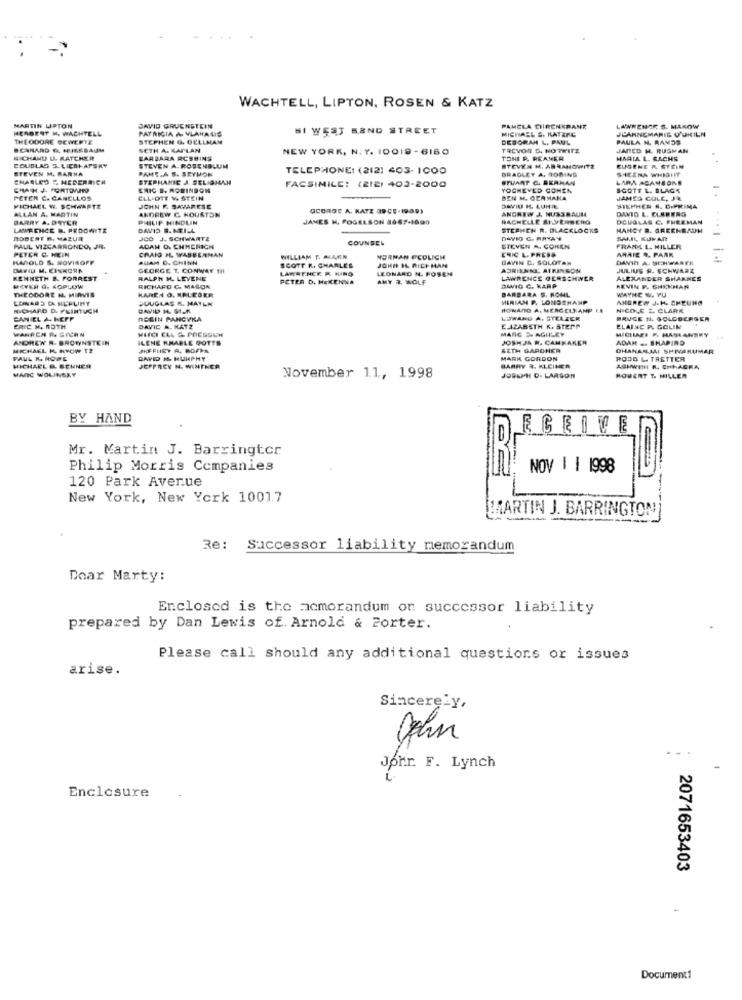
WACHTELL, LIPTON, ROSEN & KATZ
MARTIN UPTON
HERBERT M. WACHTELL
DAVID GRUENSTEIN
PATRICIA A VLAHALIS
SI WEST BEND STREET
PAMELA CIRENKRANK
MICHAEL &. KATZRE
LAWRENCE S. MAROW
JEANNEMARIE O'UKILN
THEODORE GEWERYE
STEPHEN G. OELLMAN
DEBORAH L. PAUL
PAULA N. RAMOS
CANARD &. NUSSBAUM
SETH A. KAPLAN
NEW YORK, N. Y. 10019 -6150
TREVOR G. NOTRITZ
JARED H. RUSMAN
NICHAND U- MATCHER
BARBARA RCSHINS
TONI P. REAMER
MARIA L. RACHS
COUBLAS S. LICBIATSKY
STEVEN M. BARNA
STEVEN A. ROSENBLUM
PANT.A S. SEYMON
TELEPHONE: (212) 403- 1000
STEVEN H. ABRAMOWITZ
BRADLEY A. ROSING
SICERA WHISHIT
EUGENE & STEIN
CHARLES & HEDERRICH
STEPHANIE A SELIGMAN
STUART C. SERHAN
LARA ACANSONE
CHATH J. PORTOMINO
ERIC B. ROBINSON
FACSIMILE: (ZIE) 403-2000
YOCHEVED COMEN
SCOTT L. SLAGS
PETER C. CANELLOS
ELLIOTT V& STEIN
BEN H. GERMANA
JAMES COLE, JR
4
ALLAN A. MARTIN
MICHAEL W. SCHWARTE
JOHN F. SAVARESE
ANDREW C. HOUSTON
GEORGE A. KATZ 89CE-1939)
DAVID IL LUNIE
ANDREW J. NUSSBAUM
STEPHEN R. D.PRIMA
DAVID L. ELEBERG
BARRY A. DETER
PHILIP MINDLIN
JANES H. FOGELSON 8667-1000
RACHELLE SILVERBERG
DOUGLAS C. PHERMAN
LAWRENCE R. PEDOWITZ
DAVID S. NEILL
STEPHEN R. BLACKLOCKS
MANCY B. GREENBAUM
...
ROBERT B. MAZUR
JCD J. SCHWARTZ
COUNSEL
DAVID C. RAYAN
SAJIL KUMAR
PAUL VIZCARRONDO, JR.
PETER C. HEIN
ADAM O. CHHERIGN
CRAIG HL. WASBERNAN
CHIC L. PRESS
GIEVEN A. COHEN
FRANK L. MILLER
ARRIE R. PARK
-
HAROLD &. NOVIKOPF
AUAM D. CHINN
WILLIAM T. ALLEN
NORMAN FEDLICH
GAVIN C. SOLOTAN
DAVID A- SOWARTE
DAVID M. EINNORA
GEORGE T. CONWAY HH!
SCOTT K. CHARLES
LAWRENCE R. KINO
LEONARD N. FOSEN
JOHN IL RICH MAN
ADRIANNE ATRINGON
JULIUS P. SCHWARZ
KENNETH B. FORREST
RALPH M. LEVENE
PETER D. HEKENNA
AMY 2. WOLF
LAWRENCE @ERSCHWER
ALEXANDER SHANNES
THEODORE N. MIRVIS
WCYKR G. 4OPLOW
RICHARD C. MASON
KAREN O. NALEGER
BARBARA S. ROHL
DWMIG C. KARP
WAYNE W. YU
KEVIN P. SHEKHAR
JUUGLAS R. MATEN
MIRIAM P. LONDENAMP
ANDREW J.H. CHEUNO
RICHARD D. FKINTUCH
DAVID M. ST.A.
HONAND A. MERGELKANP LE
NICOLE & CLARK
DANIEL A. HEFF
REGIN PANCVKA
LOWANO A. STELZER
BRUCE N. GOLDBERGER
WARREN P. GOCH N
ERIC M. ROTH
DAVIC A. KATZ
E AZABETH K. STEPp
MARG D. AGUILET
MICIMAFI F. MASANSKY
ELAINE P. GOLIN
ANDREW R. BROWNSTEIN
ILENE KHABLE GOTTS
JOSH JA R. CAMKAKER
ADAM -- SHAPIRO
MICHAEL K. RYOW TE
JEFFHEY A. BOFFA
SETH GARDNER
DHANARJAI SHIVARUMAR
FAUL K. NOWE
DAVID IL HUNPHY
MARK GORDON
PODO L. TRETTER
MAIC WOLINGRY
MICHAEL &. SONNER
JEFFREY N. WINTHER
BARRY &, KLEINER
ASHWINI R. CHIAGRA
November 11, 1998
JOSEPH D. LARSON
ROWENT T. MILLER
BY HAND
ECEIVE
Mr. Martin J. Barringter
Philip Morris Companies
NOV | | 1998
120 Park Avenue
New York, New York 1001.7
MARTIN J. BARRINGTON
Re: Successor liability memorandum
Doar Marty:
Enclosed is the acmorandum on successor liability
prepared by Dan Lewis of. Arnold & Porter.
Please call should any additional questions or issues
arise.
Sincerely,
John
John F. Lynch
Enclosure
2071653403
-
Document1